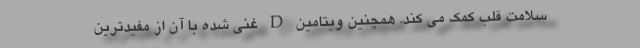
سلامت قلب کمک می کند. همچنین ویتامین D غنی شده با آن از مفیدترین